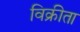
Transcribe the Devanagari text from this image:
विक्रीता